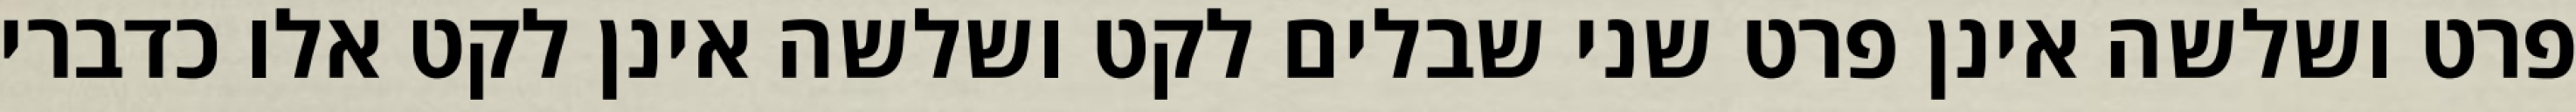
פרט ושלשה אינן פרט שני שבלים לקט ושלשה אינן לקט אלו כדברי